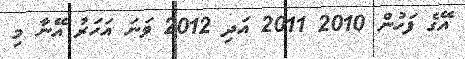
އޭގެ ފަހުން 2010 2011 އަދި 2012 ވަނަ އަހަރު އޭނާ މި